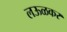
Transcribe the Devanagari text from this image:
लऊळकर